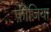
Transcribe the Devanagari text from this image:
फ़ीज़िया